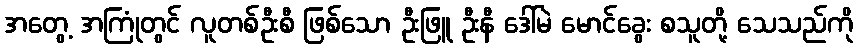
အတွေ့ အကြုံတွင် လူတစ်ဦးစီ ဖြစ်သော ဦးဖြူ ဦးနီ ဒေါ်မဲ မောင်ခွေး စသူတို့ သေသည်ကို